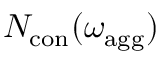
N _ { \mathrm { c o n } } ( \omega _ { \mathrm { a g g } } )